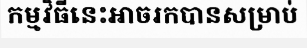
កម្មវិធីនេះអាចរកបានសម្រាប់